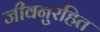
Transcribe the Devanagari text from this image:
जीवनुरहित